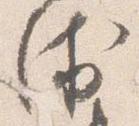
衛